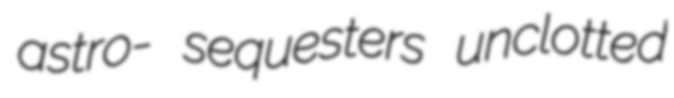
astro- sequesters unclotted